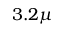
3 . 2 \mu